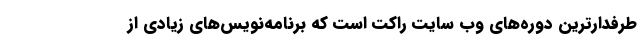
طرفدارترین دوره‌های وب سایت راکت است که برنامه‌نویس‌های زیادی از